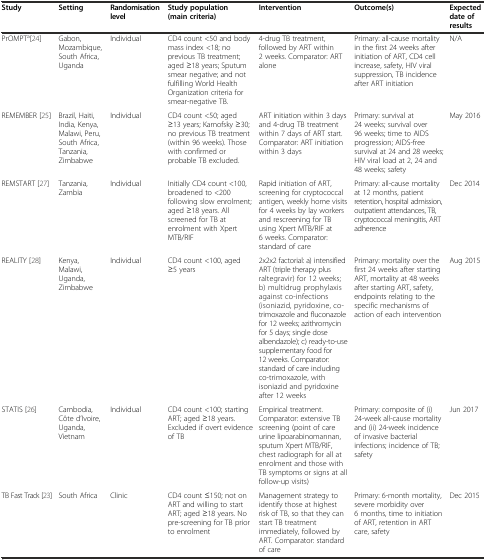
<table><thead><tr><td><b>Study</b></td><td><b>Setting</b></td><td><b>Randomisation level</b></td><td><b>Study population (main criteria)</b></td><td><b>Intervention</b></td><td><b>Outcome(s)</b></td><td><b>Expected date of results</b></td></tr></thead><tbody><tr><td>PrOMPT<sup>a</sup>[24]</td><td>Gabon, Mozambique, South Africa, Uganda</td><td>Individual</td><td>CD4 count &lt;50 and body mass index &lt;18; no previous TB treatment; aged ≥18 years; Sputum smear negative; and not fulfilling World Health Organization criteria for smear-negative TB.</td><td>4-drug TB treatment, followed by ART within 2 weeks. Comparator: ART alone</td><td>Primary: all-cause mortality in the first 24 weeks after initiation of ART, CD4 cell increase, safety, HIV viral suppression, TB incidence after ART initiation</td><td>N/A</td></tr><tr><td>REMEMBER [25]</td><td>Brazil, Haiti, India, Kenya, Malawi, Peru, South Africa, Tanzania, Zimbabwe</td><td>Individual</td><td>CD4 count &lt;50; aged ≥13 years; Karnofsky ≥30; no previous TB treatment (within 96 weeks). Those with confirmed or probable TB excluded.</td><td>ART initiation within 3 days and 4-drug TB treatment within 7 days of ART start. Comparator: ART initiation within 3 days</td><td>Primary: survival at 24 weeks; survival over 96 weeks; time to AIDS progression; AIDS-free survival at 24 and 28 weeks; HIV viral load at 2, 24 and 48 weeks; safety</td><td>May 2016</td></tr><tr><td>REMSTART [27]</td><td>Tanzania, Zambia</td><td>Individual</td><td>Initially CD4 count &lt;100, broadened to &lt;200 following slow enrolment; aged ≥18 years. All screened for TB at enrolment with Xpert MTB/RIF</td><td>Rapid initiation of ART, screening for cryptococcal antigen, weekly home visits for 4 weeks by lay workers and rescreening for TB using Xpert MTB/RIF at 6 weeks. Comparator: standard of care</td><td>Primary: all-cause mortality at 12 months, patient retention, hospital admission, outpatient attendances, TB, cryptococcal meningitis, ART adherence</td><td>Dec 2014</td></tr><tr><td>REALITY [28]</td><td>Kenya, Malawi, Uganda, Zimbabwe</td><td>Individual</td><td>CD4 count &lt;100, aged ≥5 years</td><td>2x2x2 factorial: a) intensified ART (triple therapy plus raltegravir) for 12 weeks; b) multidrug prophylaxis against co-infections (isoniazid, pyridoxine, co-trimoxazole and fluconazole for 12 weeks; azithromycin for 5 days; single dose albendazole); c) ready-to-use supplementary food for 12 weeks. Comparator: standard of care including co-trimoxazole, with isoniazid and pyridoxine after 12 weeks</td><td>Primary: mortality over the first 24 weeks after starting ART, mortality at 48 weeks after starting ART, safety, endpoints relating to the specific mechanisms of action of each intervention</td><td>Aug 2015</td></tr><tr><td>STATIS [26]</td><td>Cambodia, Côte d’Ivoire, Uganda, Vietnam</td><td>Individual</td><td>CD4 count &lt;100; starting ART; aged ≥18 years. Excluded if overt evidence of TB</td><td>Empirical treatment. Comparator: extensive TB screening (point of care urine lipoarabinomannan, sputum Xpert MTB/RIF, chest radiograph for all at enrolment and those with TB symptoms or signs at all follow-up visits)</td><td>Primary: composite of (i) 24-week all-cause mortality and (ii) 24-week incidence of invasive bacterial infections; incidence of TB; safety</td><td>Jun 2017</td></tr><tr><td>TB Fast Track [23]</td><td>South Africa</td><td>Clinic</td><td>CD4 count ≤150; not on ART and willing to start ART; aged ≥18 years. No pre-screening for TB prior to enrolment</td><td>Management strategy to identify those at highest risk of TB, so that they can start TB treatment immediately, followed by ART. Comparator: standard of care</td><td>Primary: 6-month mortality, severe morbidity over 6 months, time to initiation of ART, retention in ART care, safety</td><td>Dec 2015</td></tr></tbody></table>